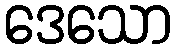
ဒေသော